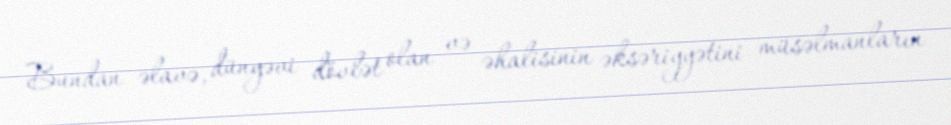
Bundan əlavə, dünyəvi dövlət olan və əhalisinin əksəriyyətini müsəlmanların